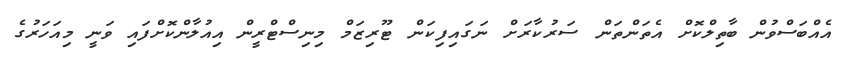
އެއްބަސްވުން ބާތިލްކޮށް އެތަންތަން ސަރުކާރަށް ނަގައިފިކަން ޓޫރިޒަމް މިނިސްޓްރީން އިއުލާންކޮށްފައި ވަނީ މިއަހަރުގެ